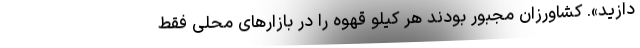
دازید». کشاورزان مجبور بودند هر کیلو قهوه را در بازارهای محلی فقط